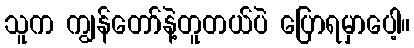
သူက ကျွန်တော်နဲ့တူတယ်ပဲ ပြောရမှာပေါ့။